Leprosy in India: report of the Leprosy Commission in India, 1890-91
Year: 1890
Disease focus: Leprosy
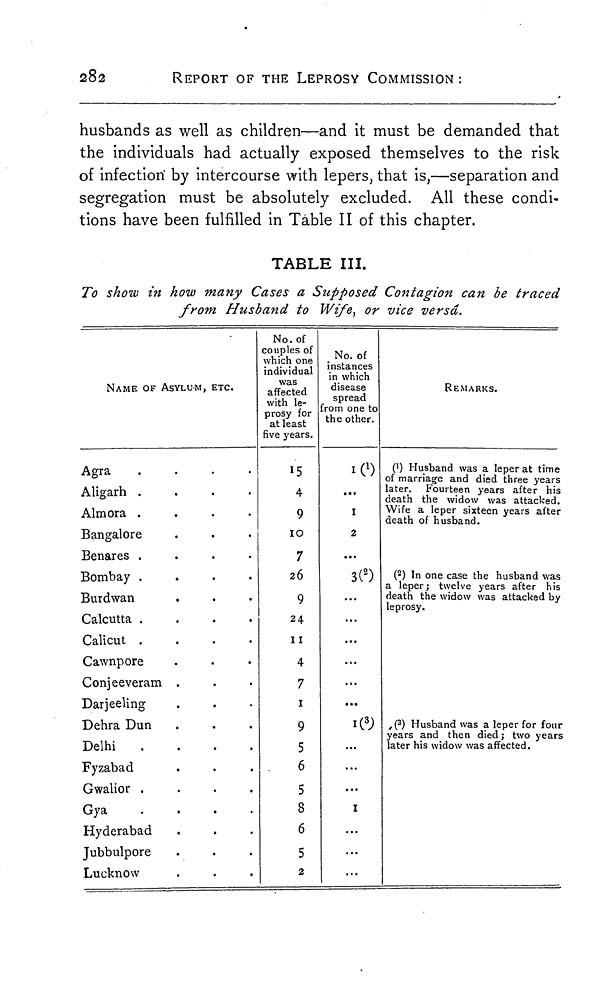
282
REPORT OF THE LEPROSY COMMISSION :
husbands as well as children—and it must be demanded that
the individuals had actually exposed themselves to the risk
of infection' by intercourse with lepers, that is,—separation and
segregation must be absolutely excluded. All these condi-
tions have been fulfilled in Table II of this chapter.
TABLE III.
To show in how many Cases a Supposed Contagion can be traced
from Husband to Wife, or vice versa.
NAME OF ASYLUM, ETC.
Agra
.
.
.
.
Aligarh
.
.
.
.
Almora .
Bangalore
Benares .
Bombay .
Burdwan
Calcutta .
.
.
.
Calicut
.
.
.
.
Cawnpore
Conjeeveram .
Darjeeling
Dehra Dun
Delhi
.
.
.
.
Fyzabad
Gwalior
.
.
.
.
Gya
.
.
.
.
Hyderabad
Jubbulpore
Lucknow
No. of
couples of
which one
individual
was
affected
with le-
prosy for
at least
five years.
4
9
10
7
26
9
24
11
4
7
1
9
5
6
5
8
6
5
2
No. of
instances
in which
disease
spread
from one to
the other.
1 ( 1 )
...
1
2
...
3( 2 )
...
...
...
...
1 ( 3 )
...
...
1
...
...
REMARKS.
( 1 ) Husband was a leper at time
of marriage and died three years
later. Fourteen years after his
death the widow was attacked.
Wife a leper sixteen years after
death of husband.
( 2 ) In one case the husband was
a leper; twelve years after his
death the widow was attacked by
leprosy.
( 3 ) Husband was a leper for four
years and then died ; two years
later his widow was affected.